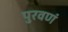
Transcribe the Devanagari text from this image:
पुरवणं